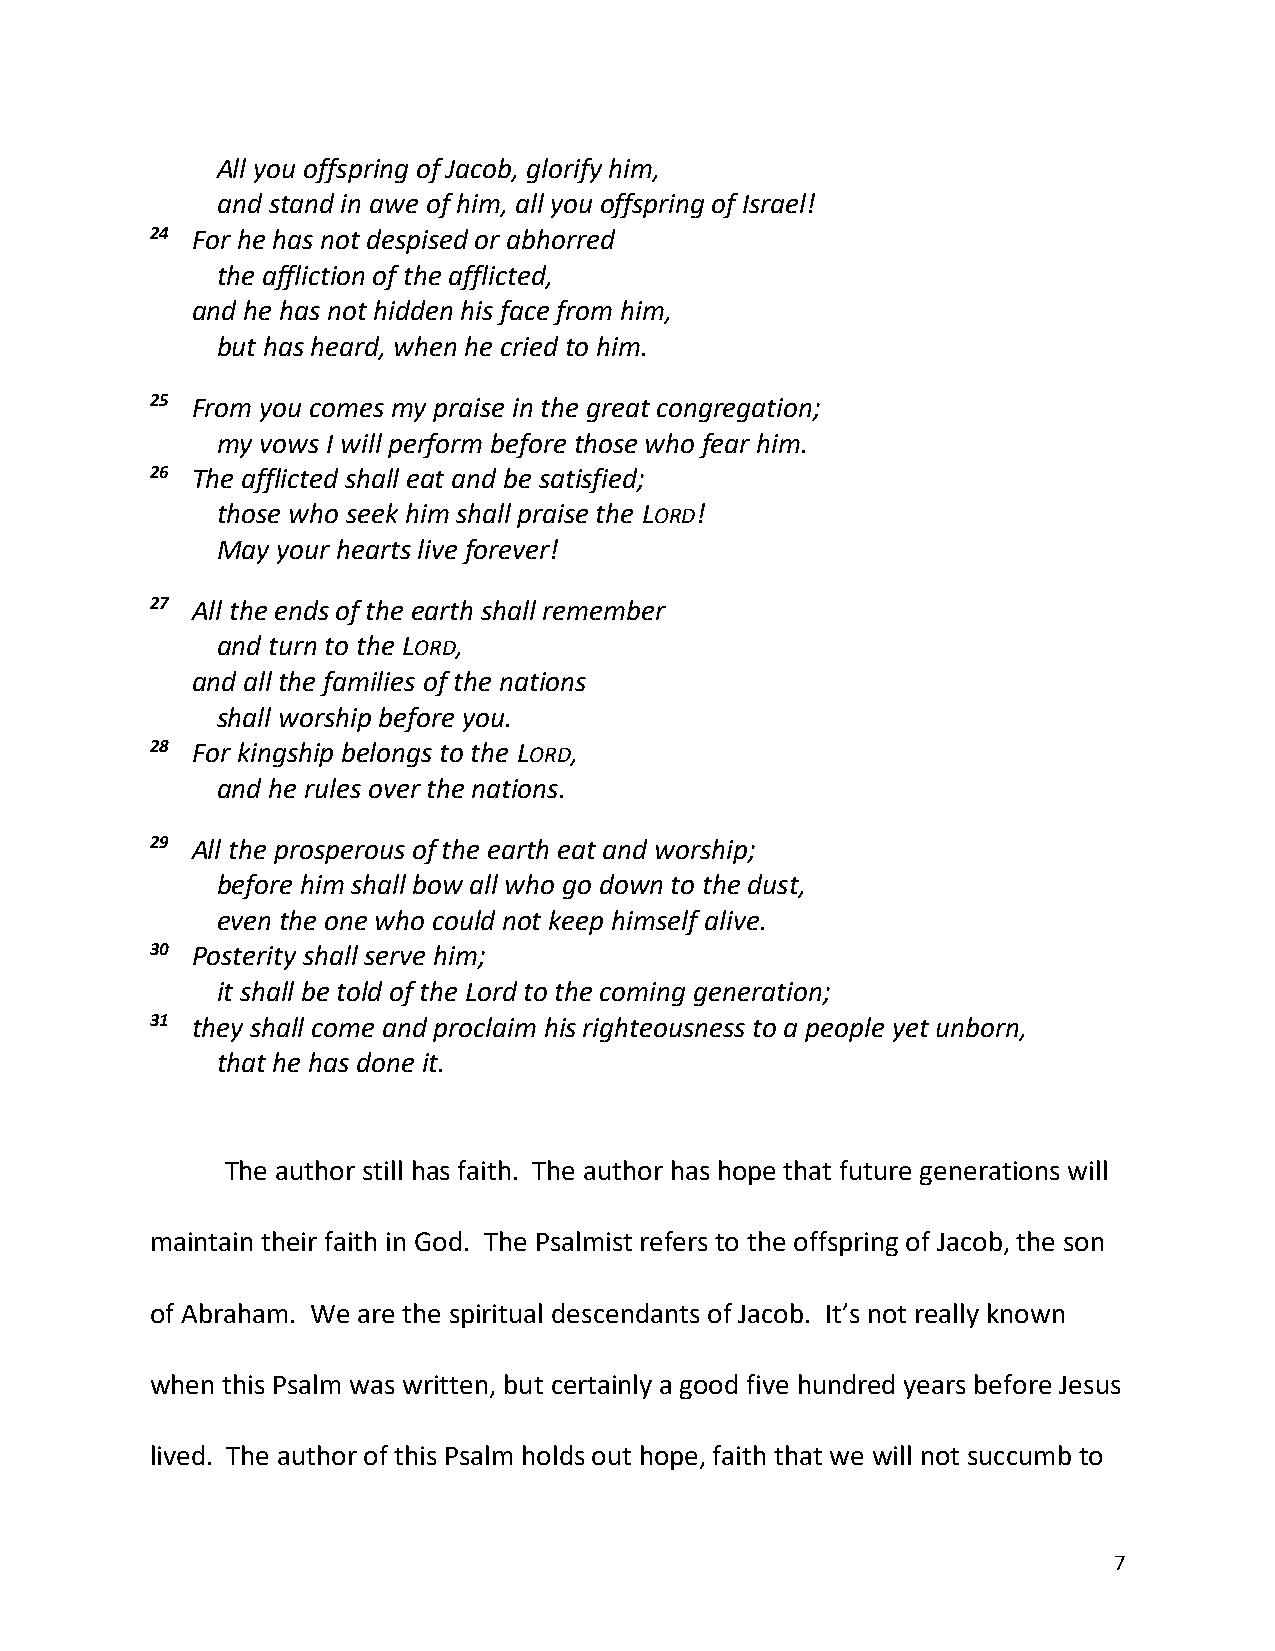
All you offspring of Jacob, glorify him,
 and stand in awe of him, all you offspring of Israel!
 24 For he has not despised or abhorred
 the affliction of the afflicted,
 and he has not hidden his face from him,
 but has heard, when he cried to him.
 25 From you comes my praise in the great congregation;
 my vows I will perform before those who fear him.
 26 The afflicted shall eat and be satisfied;
 those who seek him shall praise the LORD!
 May your hearts live forever!
 27 All the ends of the earth shall remember
 and turn to the LORD,
 and all the families of the nations
 shall worship before you.
 28 For kingship belongs to the LORD,
 and he rules over the nations.
 29 All the prosperous of the earth eat and worship;
 before him shall bow all who go down to the dust,
 even the one who could not keep himself alive.
 30 Posterity shall serve him;
 it shall be told of the Lord to the coming generation;
 31 they shall come and proclaim his righteousness to a people yet unborn,
 that he has done it.
 The author still has faith. The author has hope that future generations will
 maintain their faith in God. The Psalmist refers to the offspring of Jacob, the son
 of Abraham. We are the spiritual descendants of Jacob. It’s not really known
 when this Psalm was written, but certainly a good five hundred years before Jesus
 lived. The author of this Psalm holds out hope, faith that we will not succumb to
 7